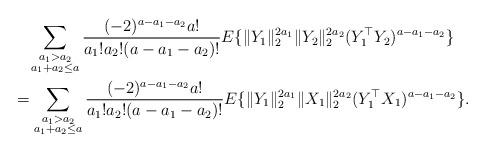
LaTeX: \begin{align*} &\quad\sum_{\substack{a_1>a_2 \\ a_1+a_2\le a}}\frac{(-2)^{a-a_1-a_2}a!}{a_1!a_2!(a-a_1-a_2)!}E\{\|Y_1\|_{2}^{2a_1}\|Y_2\|_{2}^{2a_2}(Y_1^{\top}Y_2)^{a-a_1-a_2}\}\\ &=\sum_{\substack{a_1>a_2 \\ a_1+a_2\le a}}\frac{(-2)^{a-a_1-a_2}a!}{a_1!a_2!(a-a_1-a_2)!}E\{\|Y_1\|_{2}^{2a_1}\|X_1\|_{2}^{2a_2}(Y_1^{\top}X_1)^{a-a_1-a_2}\}.\end{align*}